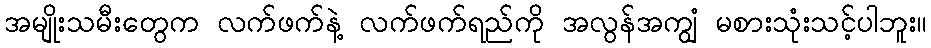
အမျိုးသမီးတွေက လက်ဖက်နဲ့ လက်ဖက်ရည်ကို အလွန်အကျွံ မစားသုံးသင့်ပါဘူး။